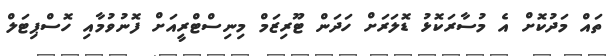
ތައް މަދުކޮށް އެ މުސާރަކޮޅު ޑޮލަރަށް ހަދަން ޓޫރިޒަމް މިނިސްޓްރީއަށް ފޮނުވުމާއި ހޮސްޕިޓަލް